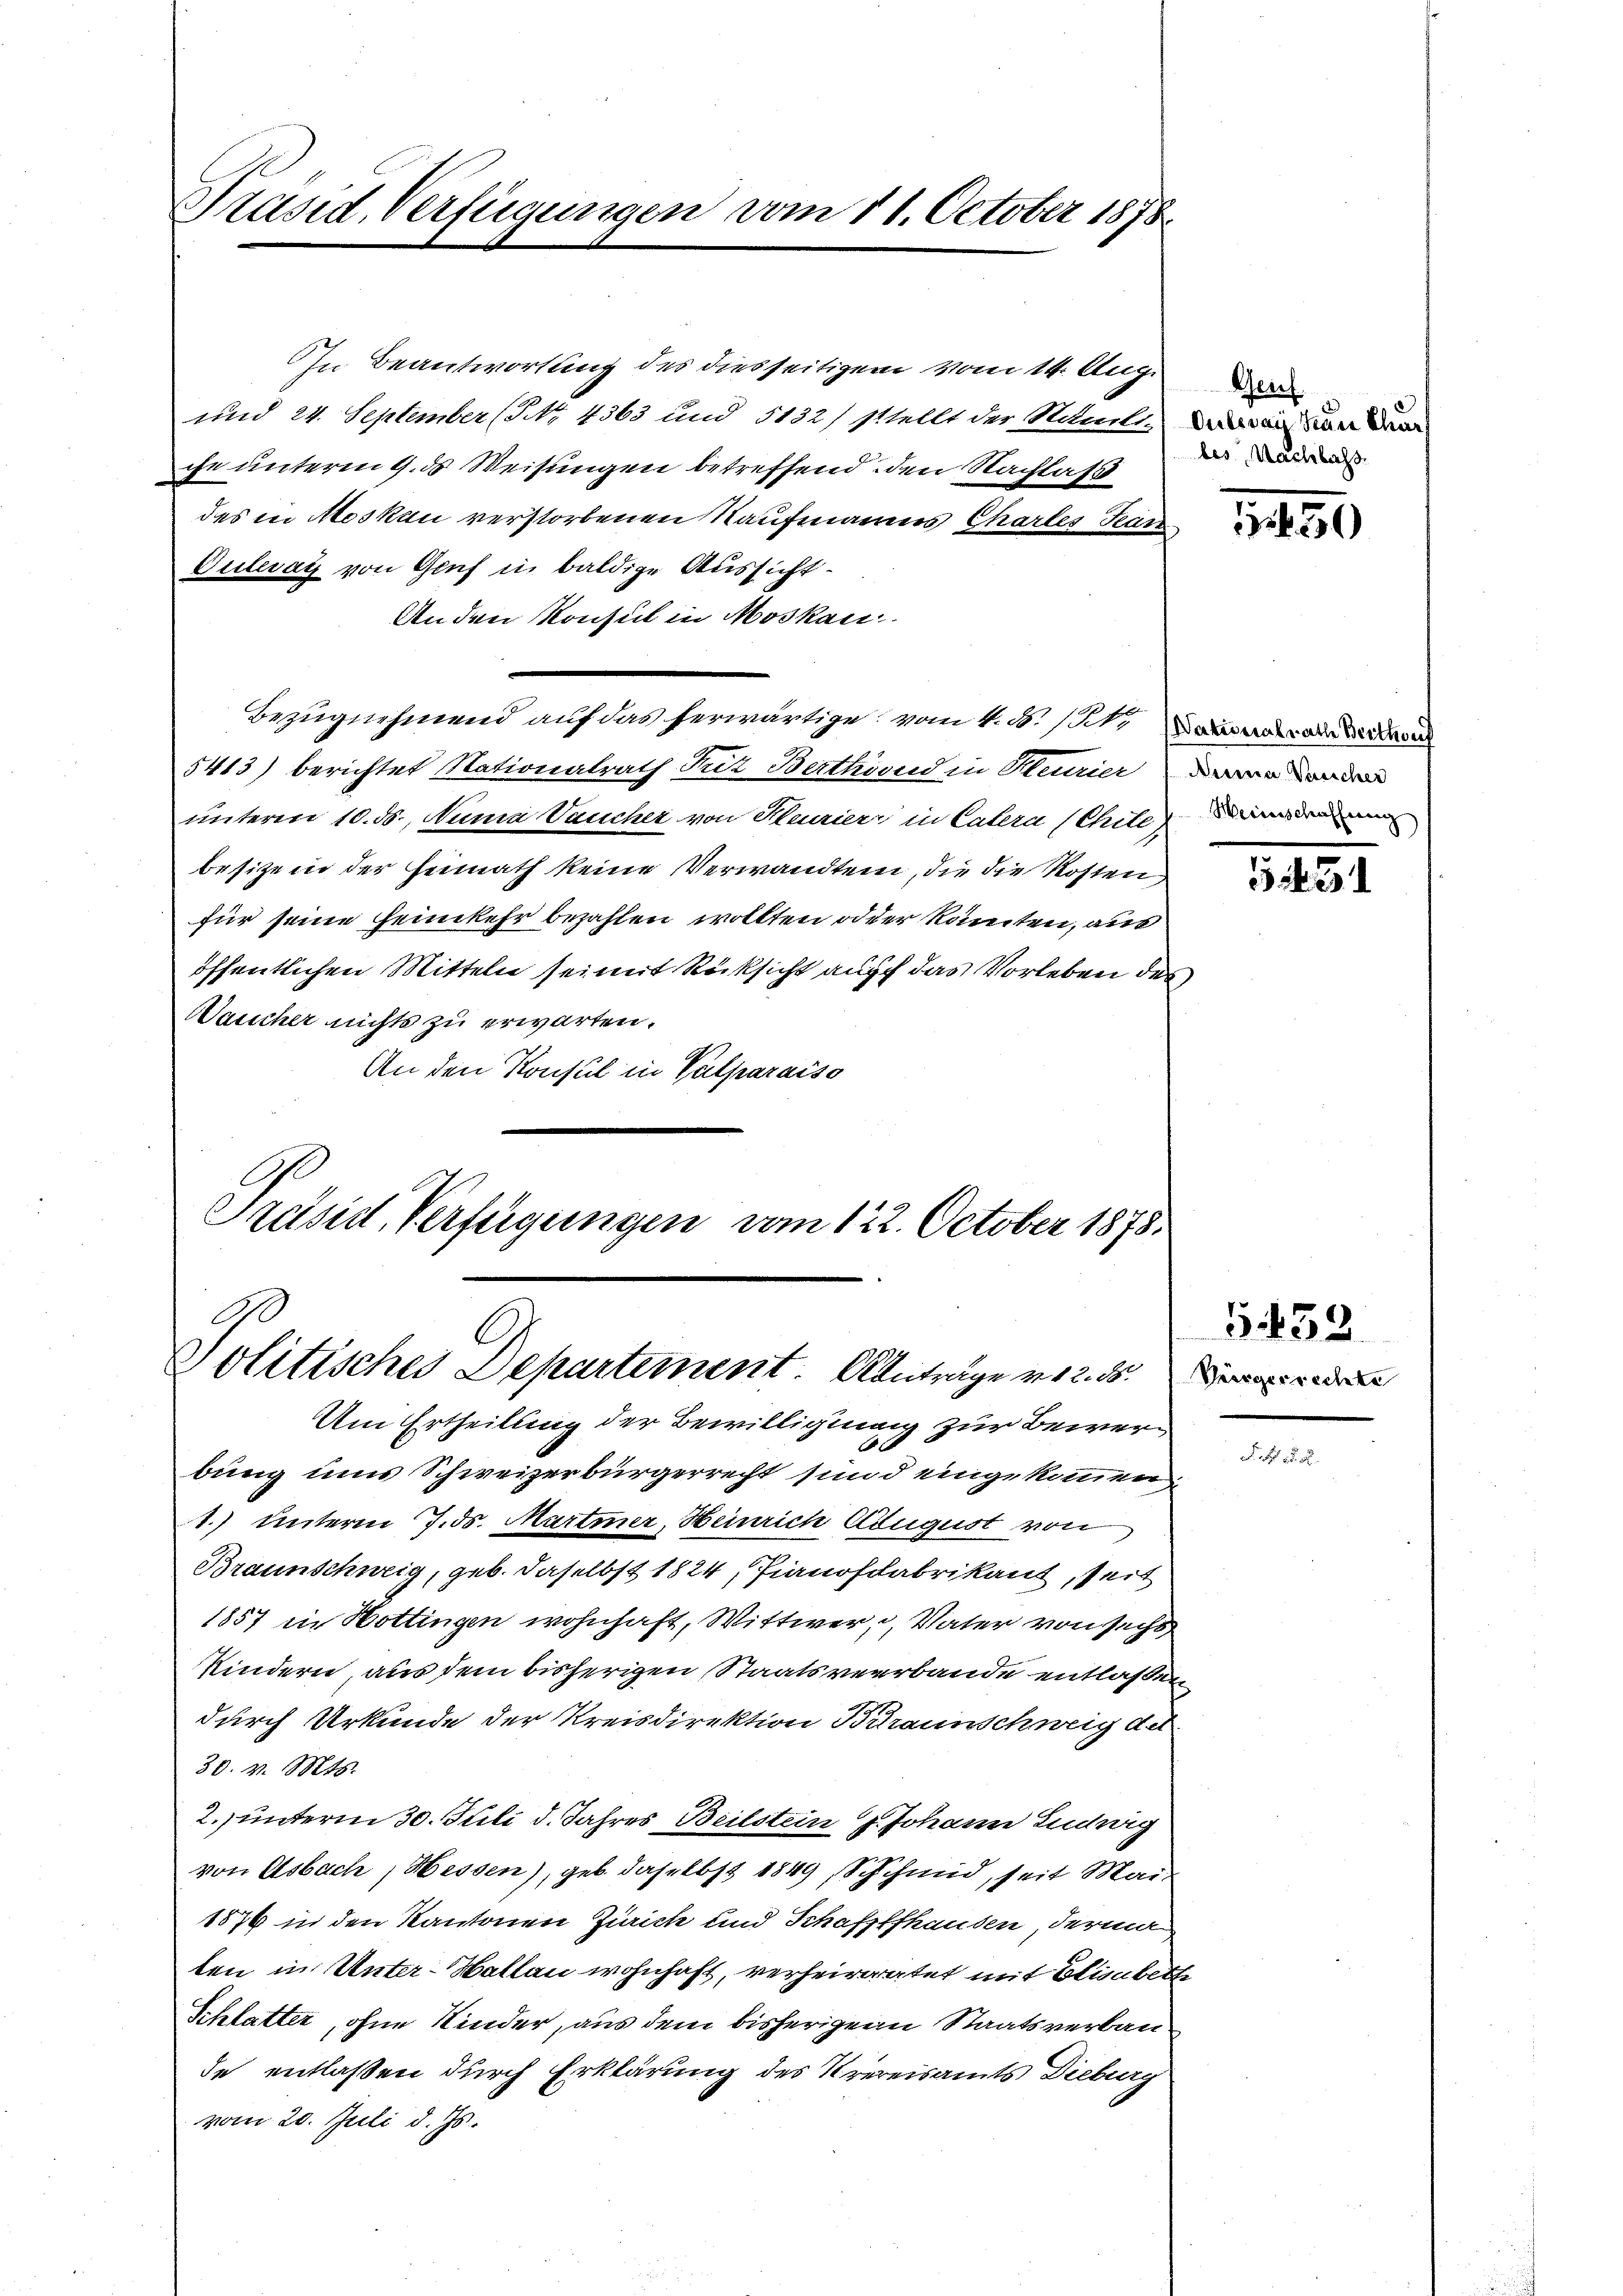
Präsid. Verfügungen vom 11. October 1878.

und 24. September (S. 4363 und 5132) stellt der Nämliche unteren 9. ds Weisungen betreffend den Nachlass
des in Moskau verstorbenen Kaufmannes Chartes Teard
Guleray von Genf in baldige Aussicht
An den Konsul in Moskau
Bezugnehmend auf das herwärtige vom 4. d. 13. Conrad
5413) berichtet Nationalrath Juz Berthind in Meurier war von de
unterm 10. d. Nunia Vaucher von Steirier in Catera Schille
besitzend der Heimath keine Verwandten, die die Kosten
für seine Heimkehr bezahlen wollten oder könnten, auc
öffentlichen Mitteln sei mit Rücksicht auf das Vorleben des
Waucher nichts zu erwarten.
An den Konsul in Valparaiso
Präsid. Verfügungen vom 122. October 1875.

In Beantwortung des diesseitigen vom 14. Aug.

Politisches Departement. Antrage v. 2. d.

Am Ertheilung der Bewilligung zur Bewer¬
A
bung uns Schweizerbürgerrecht sind eingekommen
1.) unterm 7. ds. Martier, Heinrich August von
Braunschweig, geb. daselbst 1824, Pianoffabrikant, seit
1857 in Hottingen wohnhaft, Wittwer, u. Vater von sechs
Kindern, aus dem bisherigen Staatsverbande entlaßen
durch Urkunde der Kreisdirektion Braunschweig des
30. v. Mts.
2. unterm 30. Juli d. Jahres Beilstein J. Johann Ludwig
von Asbach, Hessen), geb. daselbst 1849, Schachmid, seit Mai-
1876 in den Kantonen Zürich und Schaffhausen, derma
ten in Unter-Watten wohnhaft, verheiratet mit Elisabette
Schlatter, ohne Kinder, aus dem bisherigen Staatsverbau
de entlaßen durch Erklärung des Krereisamts Dieburg
vom 20. Juli d. Js.

Genf.
Oulweg kan klarh
bes, Nachbachs

1450

3

G 432.